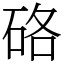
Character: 硌